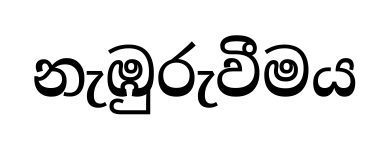
නැඹුරුවීමය